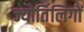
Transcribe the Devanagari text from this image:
ज्योर्तिलिगों